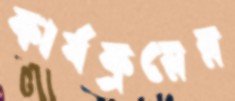
কার্যক্রয়ের